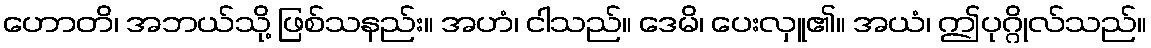
ဟောတိ၊ အဘယ်သို့ ဖြစ်သနည်း။ အဟံ၊ ငါသည်။ ဒေမိ၊ ပေးလှူ၏။ အယံ၊ ဤပုဂ္ဂိုလ်သည်။